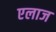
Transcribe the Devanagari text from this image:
एलाज